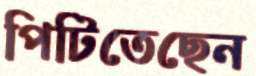
পিটিতেছেন